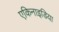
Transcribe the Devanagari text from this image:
एकिनाइडिया